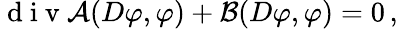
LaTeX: \mathrm{~d~i~v~}\mathcal{A}(D\varphi,\varphi)+\mathcal{B}(D\varphi,\varphi)=0\, ,